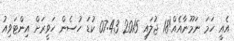
އެއީ ހަމަ ނަމޫނާއެއް!18 ޖުލައި 2015 07:43 ކުޑަ ހުސެން ހަވީރަށް އިންޓަވިއު